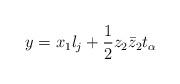
LaTeX: \begin{align*}y=x_1l_j+\frac{1}{2}z_2\bar{z}_2t_{\alpha}\end{align*}